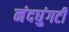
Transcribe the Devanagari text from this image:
नंदघुंगटी